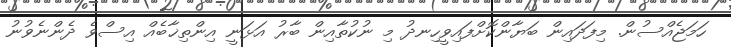
ހަމަޖެއްސުން. މިފަދައިން ބަޔާންކޮށްފައިވީހިނދުު މި ނުކުތާއިން ބާރު އަޅަނީ އިންތިޚާބެއް އިސްވެ ދެންނެވުނު